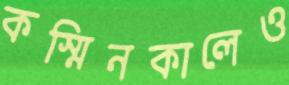
কস্মিনকালেও